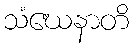
သံဃေနာတိ